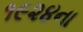
૧૯૨૪ના